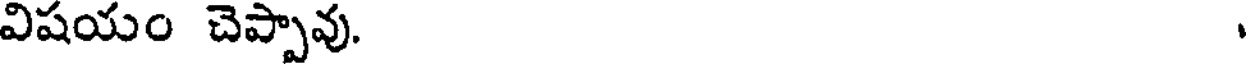
విషయం చెప్పావు.